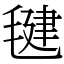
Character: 毽